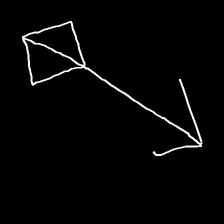
Glyph: focus